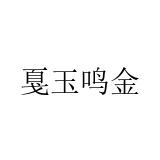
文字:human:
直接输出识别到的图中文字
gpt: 戛玉鸣金